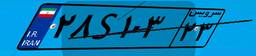
۵۷S۸۰۰۴۳